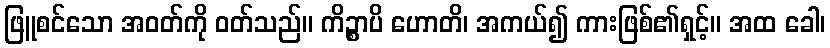
ဖြူစင်သော အဝတ်ကို ဝတ်သည်။ ကိဉ္စာပိ ဟောတိ၊ အကယ်၍ ကားဖြစ်၏ရှင့်။ အထ ခေါ၊